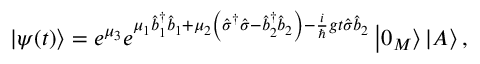
\left\vert \psi ( t ) \right\rangle = e ^ { \mu _ { 3 } } e ^ { \mu _ { 1 } \hat { b } _ { 1 } ^ { \dagger } \hat { b } _ { 1 } + \mu _ { 2 } \left( \hat { \sigma } ^ { \dagger } \hat { \sigma } - \hat { b } _ { 2 } ^ { \dagger } \hat { b } _ { 2 } \right) - \frac { i } { \hslash } g t \hat { \sigma } \hat { b } _ { 2 } } \left\vert 0 _ { M } \right\rangle \left\vert A \right\rangle ,